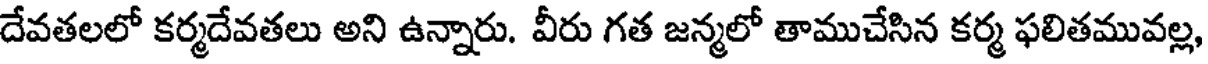
దేవతలలో కర్మదేవతలు అని ఉన్నారు. వీరు గత జన్మలో తాముచేసిన కర్మ ఫలితమువల్ల,